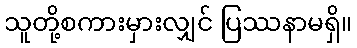
သူတို့စကားမှားလျှင် ပြဿနာမရှိ။